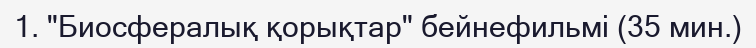
1. "Биосфералық қорықтар" бейнефильмі (35 мин.)